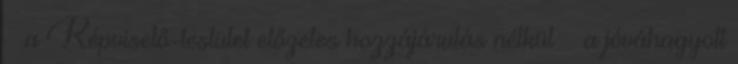
– a Képviselő-testület előzetes hozzájárulás nélkül – a jóváhagyott